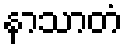
နာသာတံ